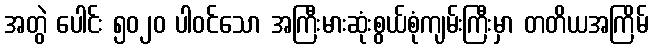
အတွဲ ပေါင်း ၅၀၂၀ ပါဝင်သော အကြီးမားဆုံးစွယ်စုံကျမ်းကြီးမှာ တတိယအကြိမ်